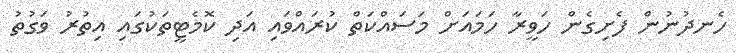
ހެނދުނުން ފެށިގެން ހަވީރާ ހަމައަށް މަސައްކަތް ކުރައްވައި އަދި ކޮމެޓީތަކުގައި އިތުރު ވަގުތު